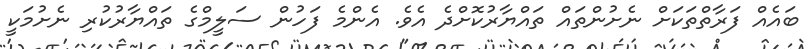
ބައެއް ފަރާތްތަކަށް ނެށުންތައް ތައްޔާރުކޮށްދެ އެވެ. އެންމެ ފަހުން ސަލީމްގެ ތައްޔާރުކުރި ނެށުމަކީ